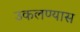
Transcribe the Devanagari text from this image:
उकलण्यास